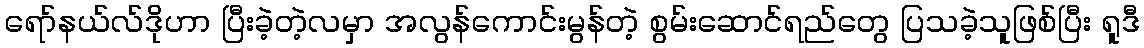
ရော်နယ်လ်ဒိုဟာ ပြီးခဲ့တဲ့လမှာ အလွန်ကောင်းမွန်တဲ့ စွမ်းဆောင်ရည်တွေ ပြသခဲ့သူဖြစ်ပြီး ရူဒီ